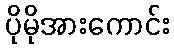
ပိုမိုအားကောင်း